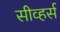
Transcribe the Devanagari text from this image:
सीव्हर्स